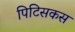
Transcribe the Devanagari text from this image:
पिटिसकस